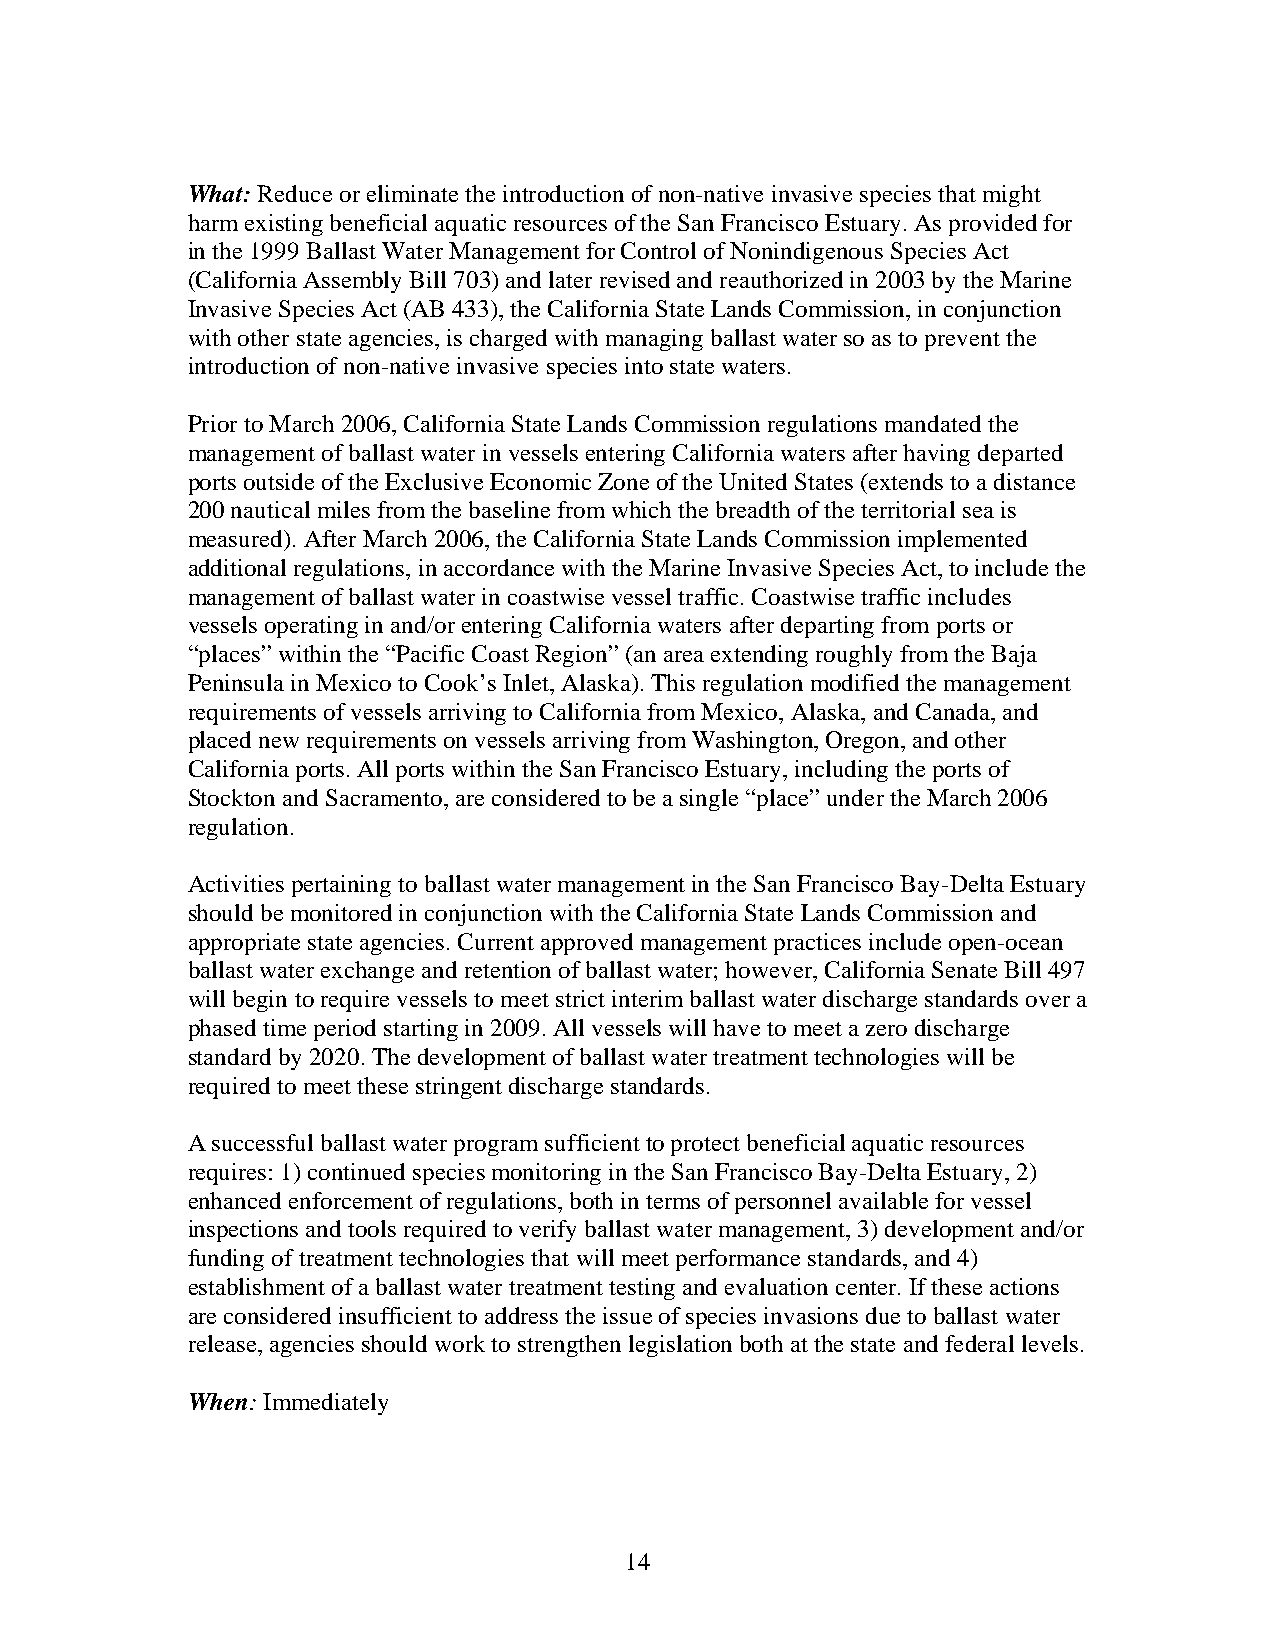
What: Reduce or eliminate the introduction of non-native invasive species that might
 harm existing beneficial aquatic resources of the San Francisco Estuary. As provided for
 in the 1999 Ballast Water Management for Control of Nonindigenous Species Act
 (California Assembly Bill 703) and later revised and reauthorized in 2003 by the Marine
 Invasive Species Act (AB 433), the California State Lands Commission, in conjunction
 with other state agencies, is charged with managing ballast water so as to prevent the
 introduction of non-native invasive species into state waters.
 Prior to March 2006, California State Lands Commission regulations mandated the
 management of ballast water in vessels entering California waters after having departed
 ports outside of the Exclusive Economic Zone of the United States (extends to a distance
 200 nautical miles from the baseline from which the breadth of the territorial sea is
 measured). After March 2006, the California State Lands Commission implemented
 additional regulations, in accordance with the Marine Invasive Species Act, to include the
 management of ballast water in coastwise vessel traffic. Coastwise traffic includes
 vessels operating in and/or entering California waters after departing from ports or
 “places” within the “Pacific Coast Region” (an area extending roughly from the Baja
 Peninsula in Mexico to Cook’s Inlet, Alaska). This regulation modified the management
 requirements of vessels arriving to California from Mexico, Alaska, and Canada, and
 placed new requirements on vessels arriving from Washington, Oregon, and other
 California ports. All ports within the San Francisco Estuary, including the ports of
 Stockton and Sacramento, are considered to be a single “place” under the March 2006
 regulation.
 Activities pertaining to ballast water management in the San Francisco Bay-Delta Estuary
 should be monitored in conjunction with the California State Lands Commission and
 appropriate state agencies. Current approved management practices include open-ocean
 ballast water exchange and retention of ballast water; however, California Senate Bill 497
 will begin to require vessels to meet strict interim ballast water discharge standards over a
 phased time period starting in 2009. All vessels will have to meet a zero discharge
 standard by 2020. The development of ballast water treatment technologies will be
 required to meet these stringent discharge standards.
 A successful ballast water program sufficient to protect beneficial aquatic resources
 requires: 1) continued species monitoring in the San Francisco Bay-Delta Estuary, 2)
 enhanced enforcement of regulations, both in terms of personnel available for vessel
 inspections and tools required to verify ballast water management, 3) development and/or
 funding of treatment technologies that will meet performance standards, and 4)
 establishment of a ballast water treatment testing and evaluation center. If these actions
 are considered insufficient to address the issue of species invasions due to ballast water
 release, agencies should work to strengthen legislation both at the state and federal levels.
 When: Immediately
 14